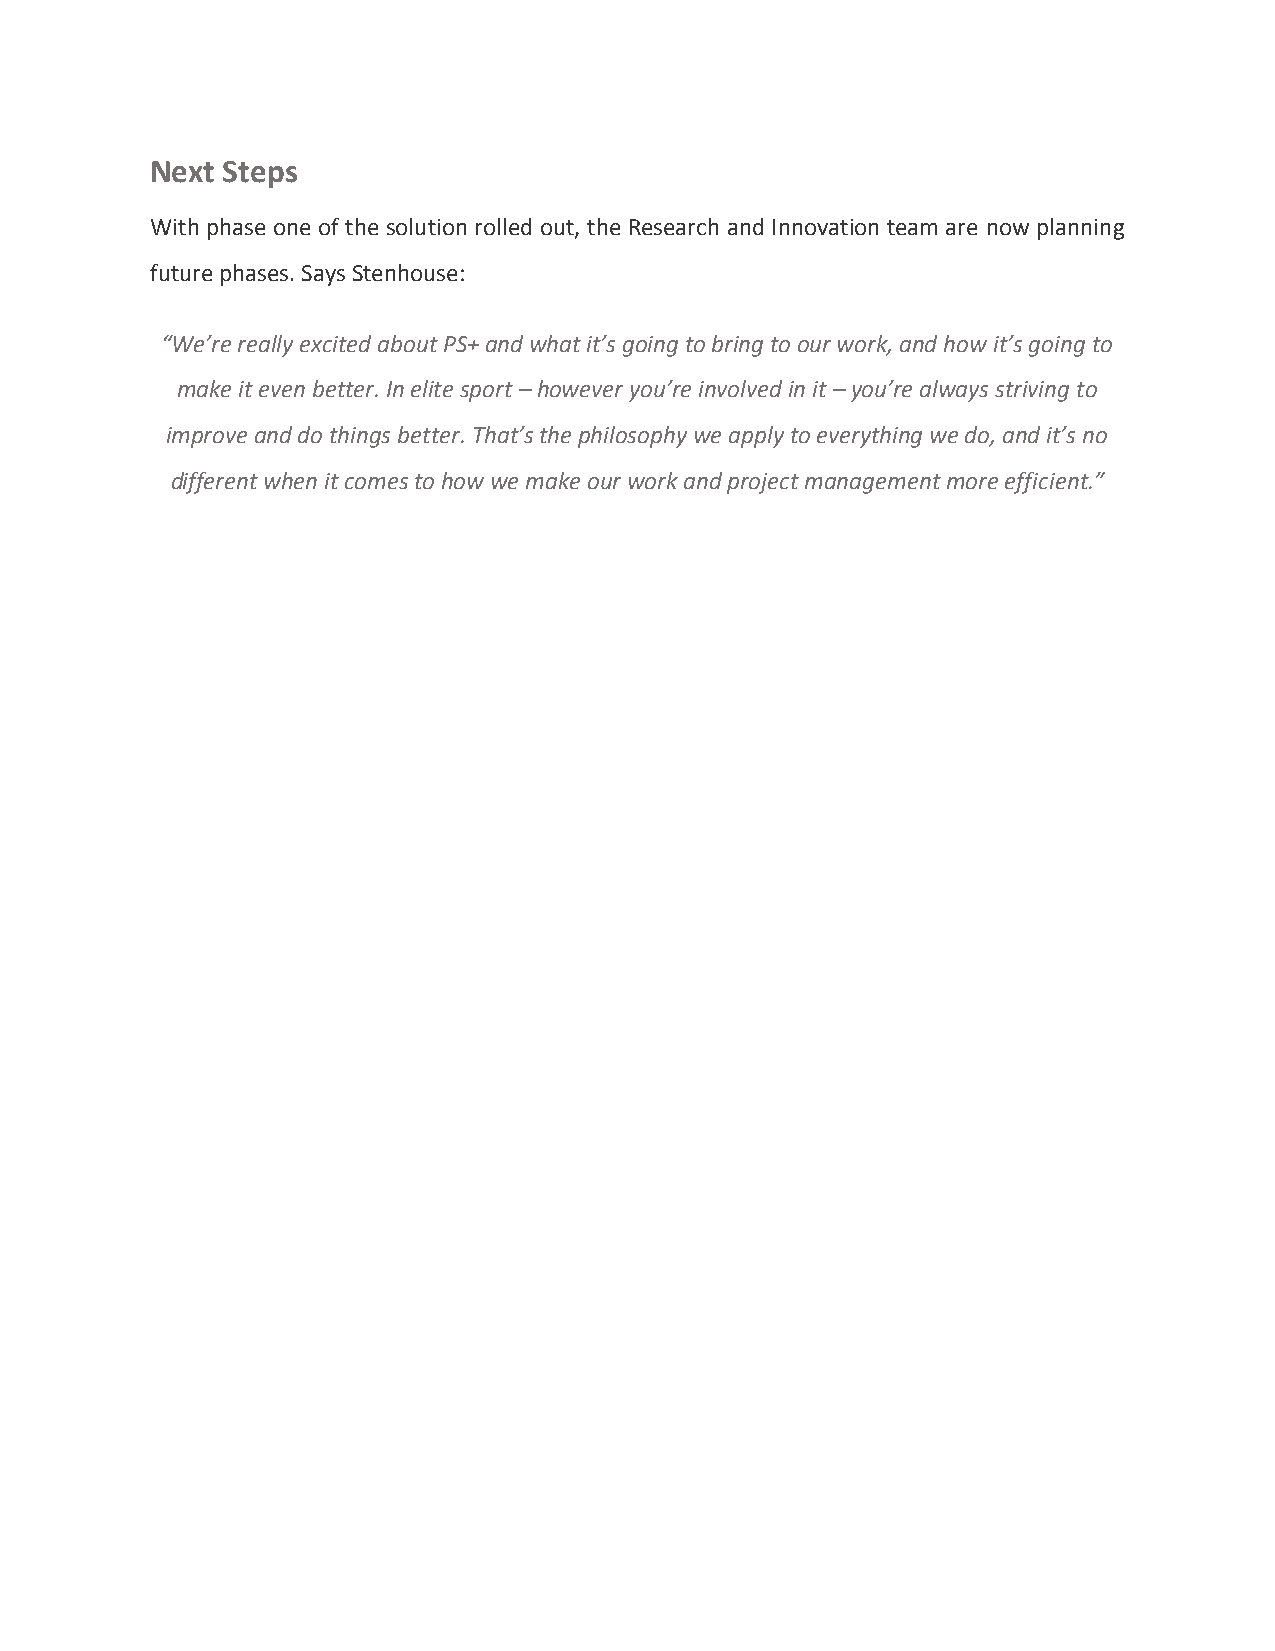
Next Steps
 With phase one of the solution rolled out, the Research and Innovation team are now planning
 future phases. Says Stenhouse:
 “We’re really excited about PS+ and what it’s going to bring to our work, and how it’s going to
 make it even better. In elite sport – however you’re involved in it – you’re always striving to
 improve and do things better. That’s the philosophy we apply to everything we do, and it’s no
 different when it comes to how we make our work and project management more efficient.”